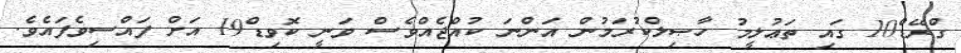
ގްރޭޑް10 ގައި ތަޢުލީމު ހާޞިލްކުރަމުން އަންނަ ކުއްޖެއްވެސް ވަނީ ކޮވިޑް19 އަށް ފައްސިވެފައެވެ.